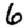
Digit: 6